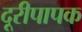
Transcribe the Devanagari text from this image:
दूरीपापक